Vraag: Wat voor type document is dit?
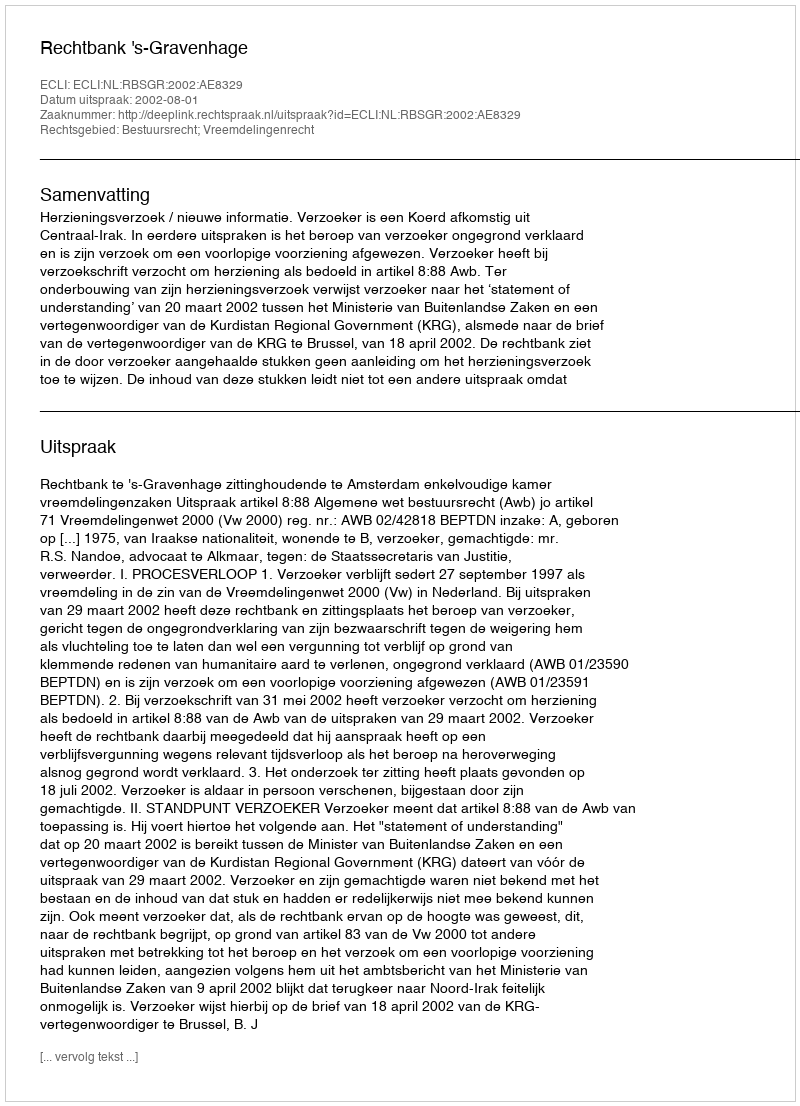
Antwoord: Uitspraak